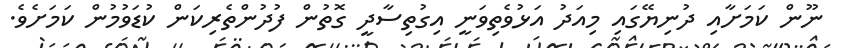
ނޫން ކަމަށާއި ދުނިޔޭގައި މިއަދު އަޅުވެތިވަނީ އިގުތިސާދީ ގޮތުން ފުދުންތެރިކަން ކުޑަވުމުން ކަމަށެވެ.